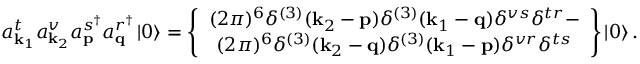
a _ { \mathbf { k } _ { 1 } } ^ { t } a _ { \mathbf { k } _ { 2 } } ^ { v } a _ { \mathbf { p } } ^ { s ^ { \dagger } } a _ { \mathbf { q } } ^ { r ^ { \dagger } } \left\vert 0 \right\rangle = \left\{ \begin{array} { c } { ( 2 \pi ) ^ { 6 } \delta ^ { ( 3 ) } ( \mathbf { k } _ { 2 } - \mathbf { p } ) \delta ^ { ( 3 ) } ( \mathbf { k } _ { 1 } - \mathbf { q } ) \delta ^ { v s } \delta ^ { t r } - } \\ { ( 2 \pi ) ^ { 6 } \delta ^ { ( 3 ) } ( \mathbf { k } _ { 2 } - \mathbf { q } ) \delta ^ { ( 3 ) } ( \mathbf { k } _ { 1 } - \mathbf { p } ) \delta ^ { v r } \delta ^ { t s } } \end{array} \right\} \left\vert 0 \right\rangle .